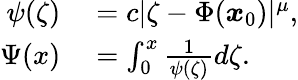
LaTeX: \begin{array}{rl}{\psi(\zeta)}&{{}=c|\zeta-\Phi({\boldsymbol x}_{0})|^{\mu},}\\ {\Psi(x)}&{{}=\int_{0}^{x}\frac{1}{\psi(\zeta)}d\zeta.}\end{array}